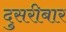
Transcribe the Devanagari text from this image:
दुसरीबार